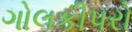
ગોલકીપરો